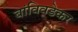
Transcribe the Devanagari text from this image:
बांविवडेकर